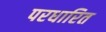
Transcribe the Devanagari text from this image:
परधारित